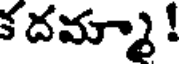
క దమ్మా !